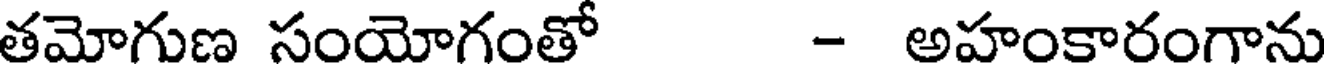
తమోగుణ సంయోగంతో - అహంకారంగాను